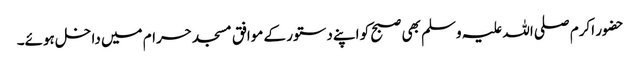
حضور اکرم صلی اللہ علیہ وسلم بھی صبح کو اپنے دستور کے موافق مسجد حرام میں داخل ہوئے۔